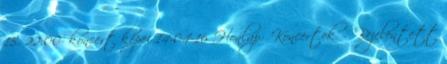
15. 22:00' koncert képei 14-04-16 Honlap: 'Koncertek' - 'Bejelentett